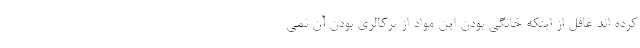
کرده اند غافل از اینکه خانگی بودن این مواد از پرکالری بودن آن نمی